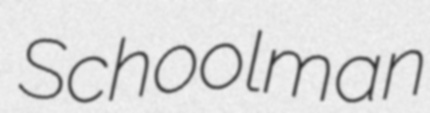
Schoolman